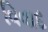
વિવાદ